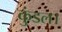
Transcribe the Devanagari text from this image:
कुंडल।